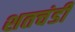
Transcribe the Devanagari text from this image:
शतचंडी